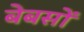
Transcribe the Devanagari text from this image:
बेबसों